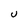
Character: u